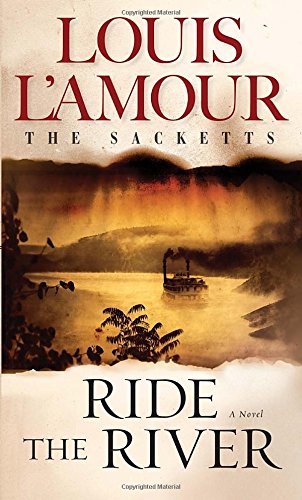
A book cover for Ride the River: The Sacketts: A Novel; Louis L'Amour; Literature & Fiction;